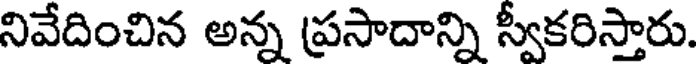
నివేదించిన అన్న ప్రసాదాన్ని స్వీకరిస్తారు.